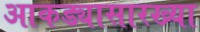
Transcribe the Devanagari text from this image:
आकड्यासारख्या